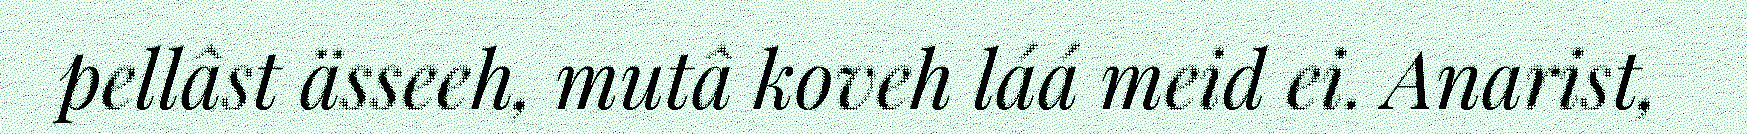
pellâst ässeeh, mutâ koveh láá meid ei. Anarist,